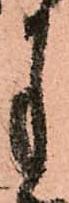
月